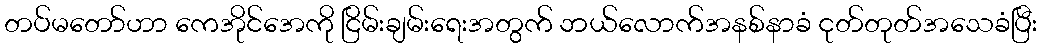
တပ်မတော်ဟာ ကေအိုင်အေကို ငြိမ်းချမ်းရေးအတွက် ဘယ်လောက်အနစ်နာခံ ငုတ်တုတ်အသေခံပြီး